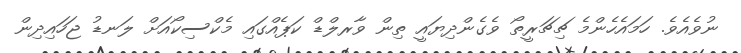
ނުވެއެވެ. ހަމައެހެންމެ ޗިޗަރީތޯ ވެގެންދިޔައީ ތިން ވާރލްޑް ކަޕެއްގައި މެކްސިކޯއަށް ލަނޑު ޖަހައިދިން